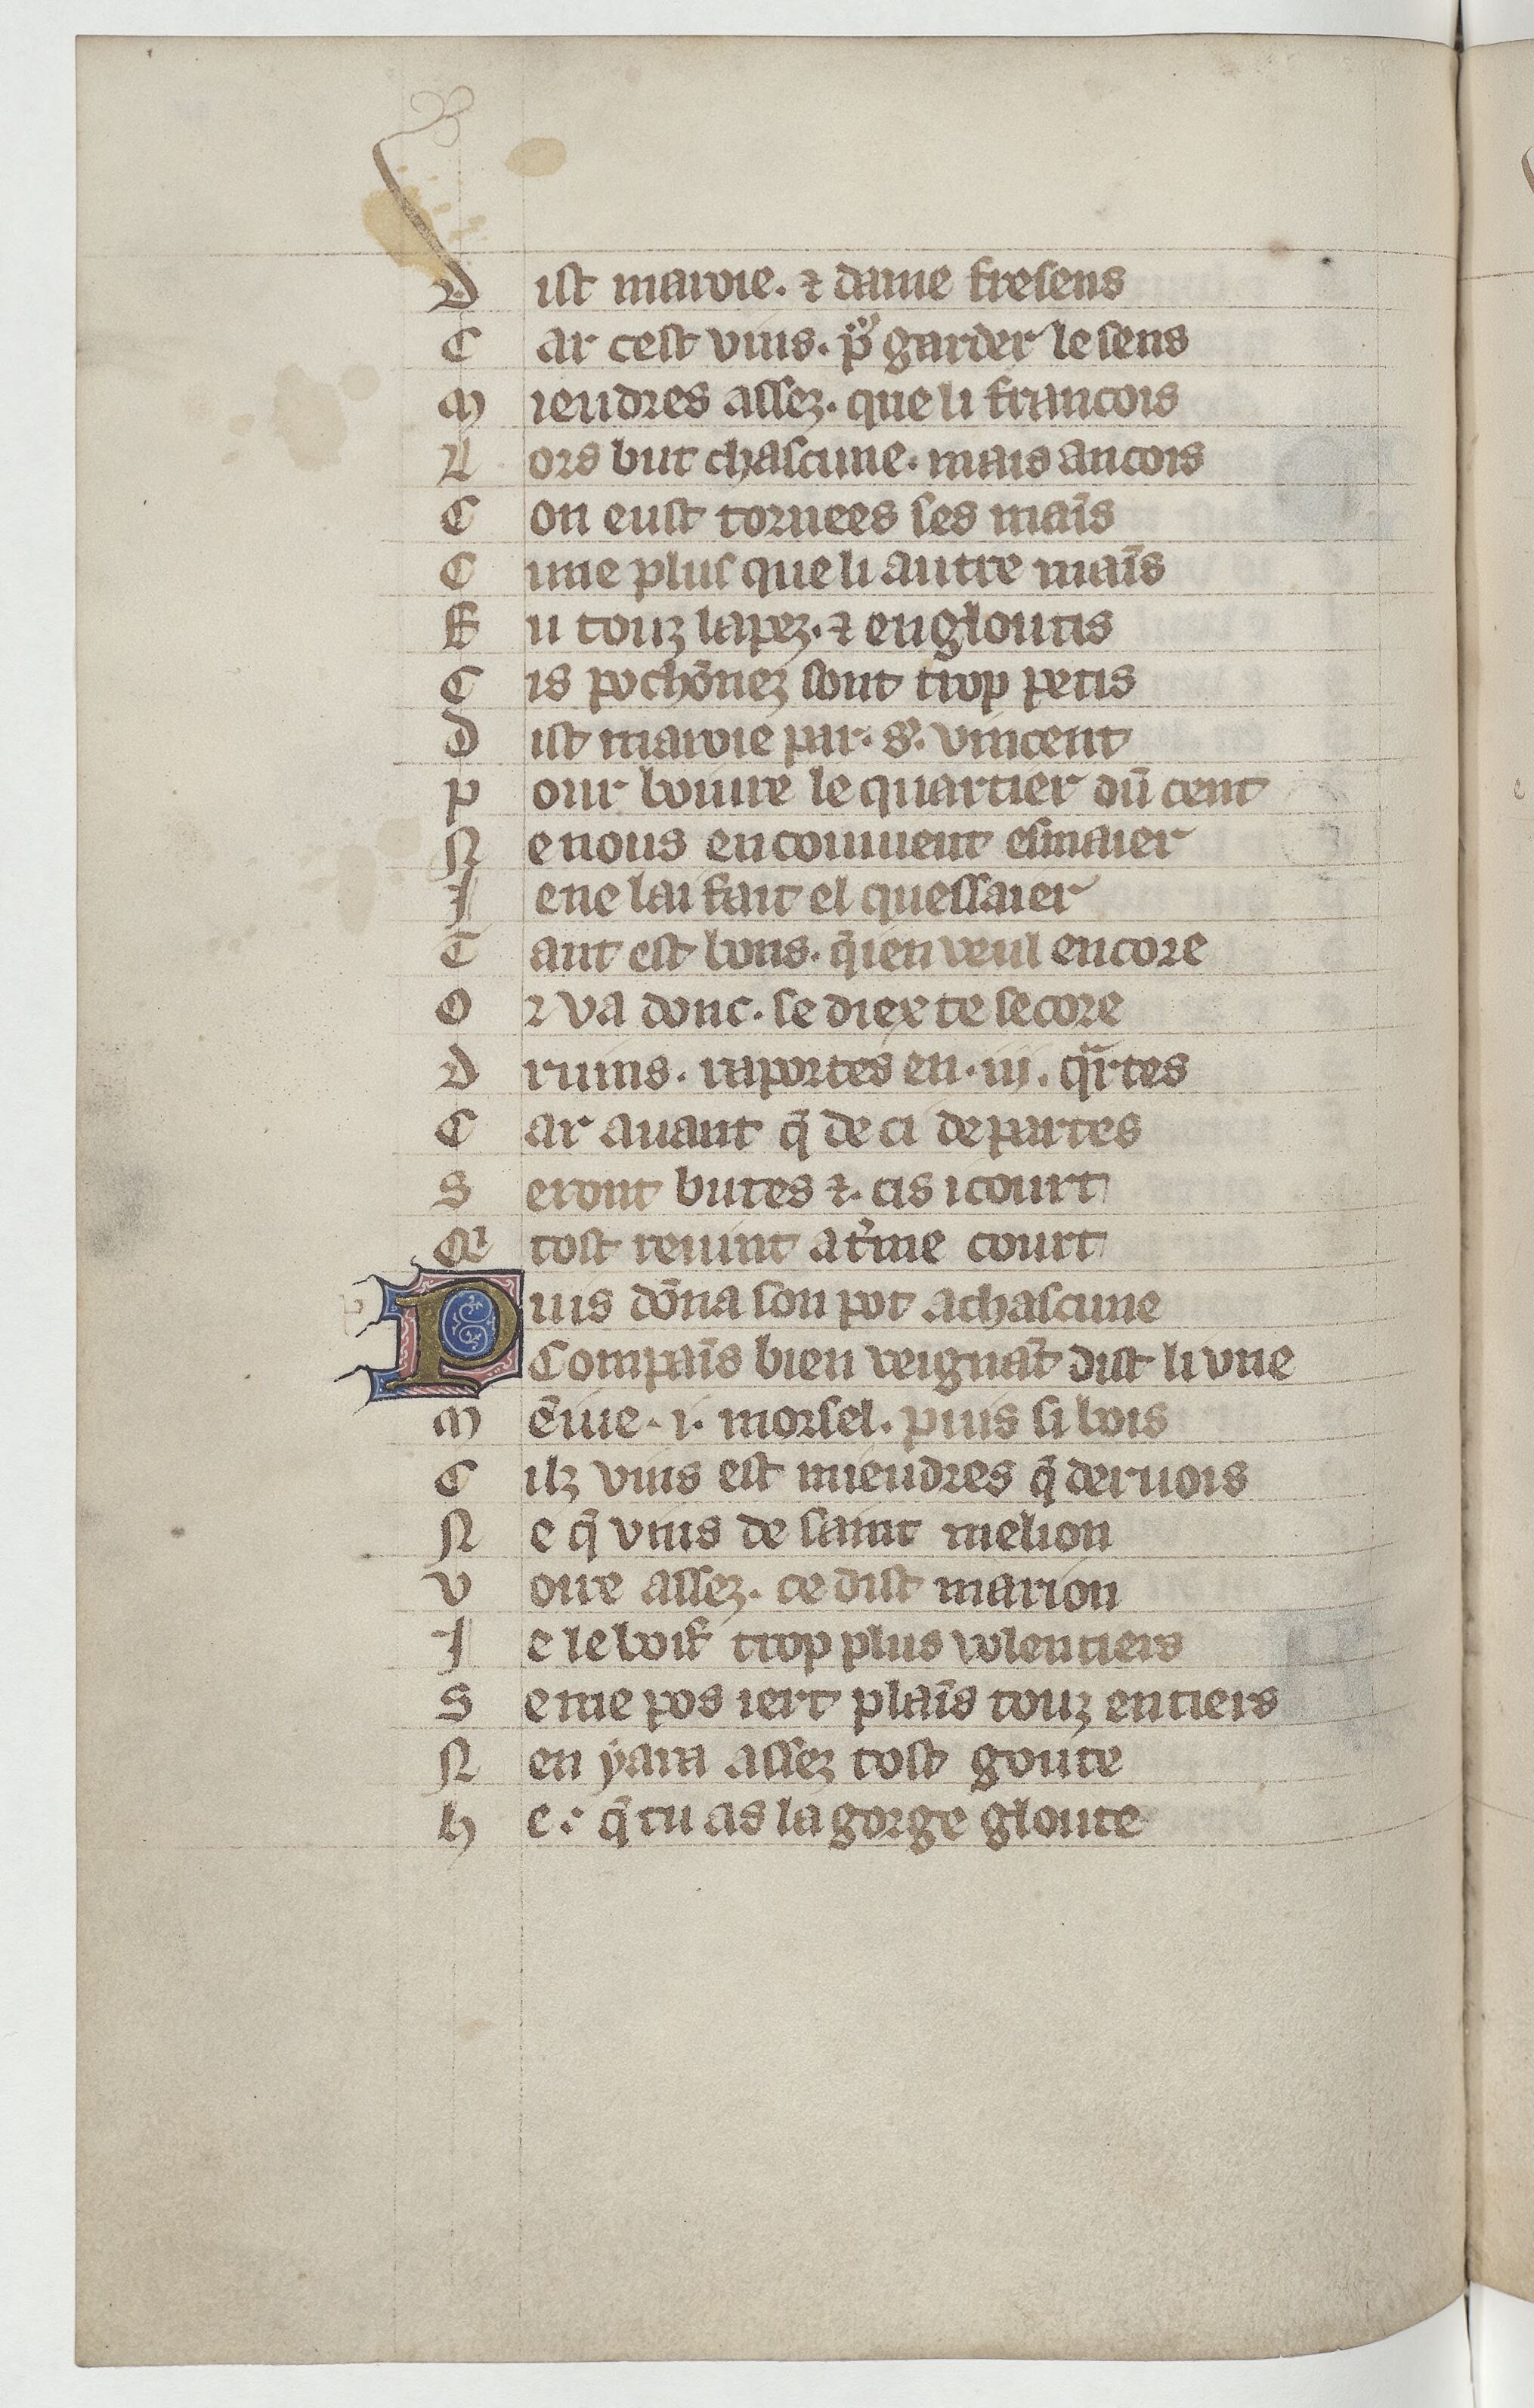
Shelfmark: Paris, BnF, Arsenal ms. 3525
Century: 14